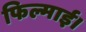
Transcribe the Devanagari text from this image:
फिल्माई।